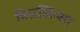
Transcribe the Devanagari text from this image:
विप्रलिप्सा